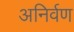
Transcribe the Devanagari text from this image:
अनिर्वण